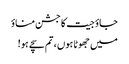
جاؤ جیت کا جشن مناؤ
میں جھوٹا ہوں ، تم سچے ہو!